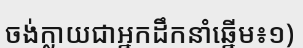
ចង់ក្លាយជាអ្នកដឹកនាំឆ្នើម៖១)